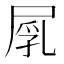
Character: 𡲐